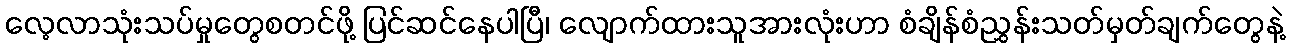
လေ့လာသုံးသပ်မှုတွေစတင်ဖို့ ပြင်ဆင်နေပါပြီ၊ လျောက်ထားသူအားလုံးဟာ စံချိန်စံညွှန်းသတ်မှတ်ချက်တွေနဲ့